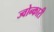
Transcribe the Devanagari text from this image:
ज्वोन्कारी